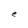
Character: e